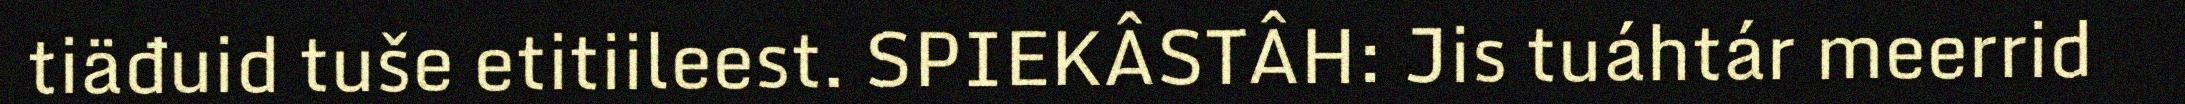
tiäđuid tuše etitiileest. SPIEKÂSTÂH: Jis tuáhtár meerrid